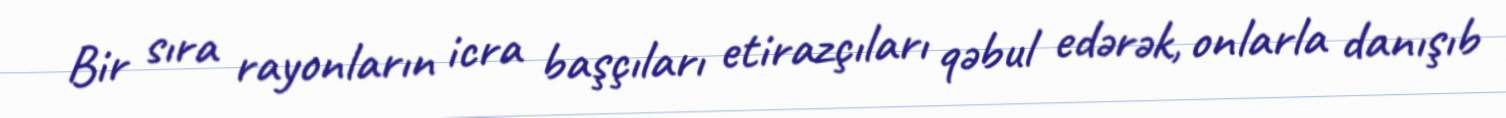
Bir sıra rayonların icra başçıları etirazçıları qəbul edərək, onlarla danışıb